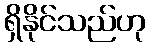
ရှိနိုင်သည်ဟု